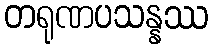
တရုဏပသန္နဿ